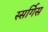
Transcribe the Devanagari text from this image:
स्सर्गिस